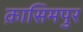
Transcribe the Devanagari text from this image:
क़ासिमपुर